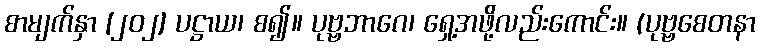
စာမျက်နှာ [၂၀၂] ပဋ္ဌာယ၊ စ၍။ ပုဗ္ဗဘာဂေ၊ ရှေ့အဖို့လည်းကောင်း။ (ပုဗ္ဗစေတနာ